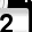
Digit: 2